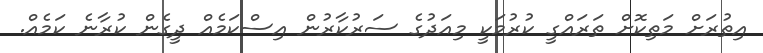
އިތުރަށް މަތިކޮށް ތަރައްގީ ކުރުމަކީ މިއަދުގެ ސަރުކާރުން އިސްކަމެއް ދީގެން ކުރާނެ ކަމެއް.